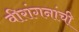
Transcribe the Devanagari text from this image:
वीरांगनांची